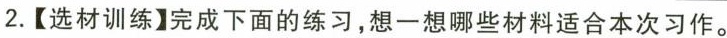
2.【选材训练】完成下面的练习，想一想哪些材料适合本次习作。